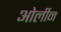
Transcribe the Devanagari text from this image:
ओर्लीन